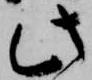
此